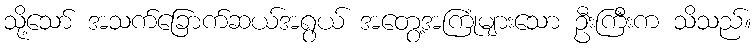
သို့သော် အသက်ခြောက်ဆယ်အရွယ် အတွေ့အကြုံများသော ဦးကြီးက သိသည်။